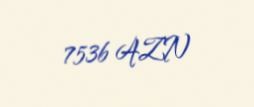
7536 AZN